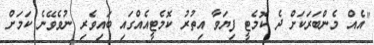
"އެއް މެންބަރަކަށް ދެ ކޮމެޓީ ފިޔަވާ އިތުރު ކޮމެޓީއެއްގައި ބައިވެރި ނުވެވޭނެ ކަމަށް